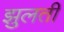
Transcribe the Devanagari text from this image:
झुलती